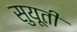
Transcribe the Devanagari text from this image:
सुयूती